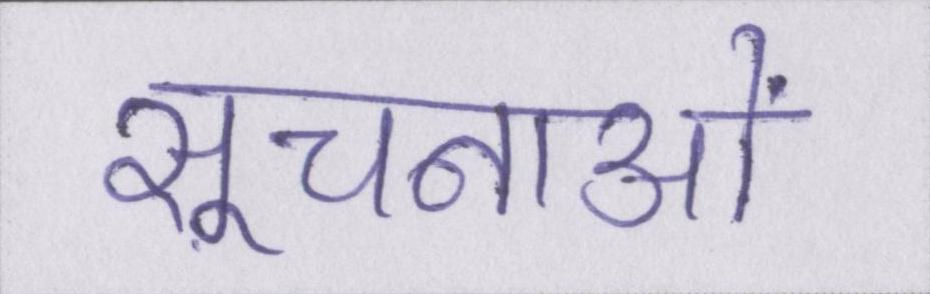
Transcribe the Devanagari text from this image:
सूचनाओं